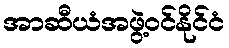
အာဆီယံအဖွဲ့ဝင်နိုင်ငံ